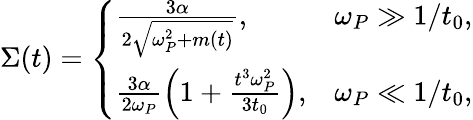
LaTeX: \begin{array}{r}{\Sigma(t)=\left\{ \begin{array}{lr}{\frac{{3}\alpha}{{2}\sqrt{\omega_{P}^{2}+m(t)}},}&{\omega_{P}\gg 1/t_{0},}\\ {\frac{{3}\alpha}{{2}\omega_{P}}\left(1+\frac{t^{3}\omega_{P}^{2}}{3t_{0}}\right),}&{\omega_{P}\ll 1/t_{0},}\end{array}\right.}\end{array}